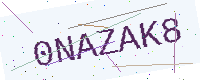
Text: 0NAZAK8